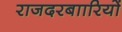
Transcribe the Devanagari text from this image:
राजदरबाारियों